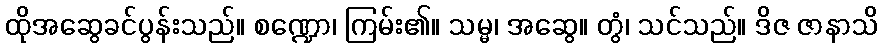
ထိုအဆွေခင်ပွန်းသည်။ စဏ္ဍော၊ ကြမ်း၏။ သမ္မ၊ အဆွေ။ တွံ၊ သင်သည်။ ဒိဇ ဇာနာသိ